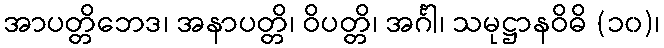
အာပတ္တိဘေဒ၊ အနာပတ္တိ၊ ဝိပတ္တိ၊ အင်္ဂါ၊ သမုဋ္ဌာနဝိဓိ (၁၀)၊